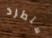
ستطرد